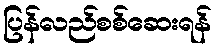
ပြန်လည်စစ်ဆေးရန်